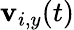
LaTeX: \mathbf{v}_{i,y}(t)